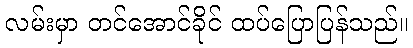
လမ်းမှာ တင်အောင်ခိုင် ထပ်ပြောပြန်သည်။